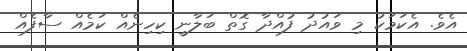
އެވެ. އެކަމަކު މި ވައުދު ފުއްދާ ގޮތް ބަލާނީ ކިހިނެއް ކަމެއް ސާފެއް